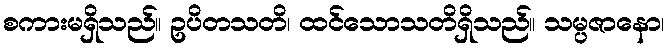
စကားမရှိသည်။ ဥပိတသတိ၊ ထင်သောသတိရှိသည်။ သမ္ပဇာနော၊